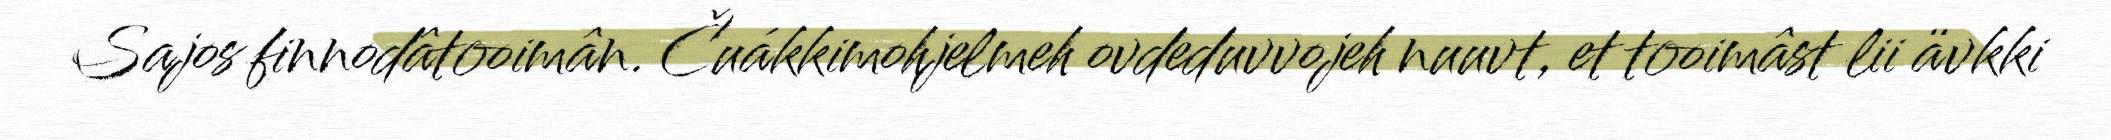
Sajos finnodâtooimân. Čuákkimohjelmeh ovdeduvvojeh nuuvt, et tooimâst lii ävkki